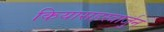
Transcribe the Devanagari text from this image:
कियासहस्त्रार्जुन